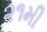
૨૧મી